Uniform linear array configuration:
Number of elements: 24
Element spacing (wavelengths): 0.25
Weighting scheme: kaiser
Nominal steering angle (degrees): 30
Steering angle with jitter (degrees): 28.91
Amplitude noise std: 0.05
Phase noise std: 0.05

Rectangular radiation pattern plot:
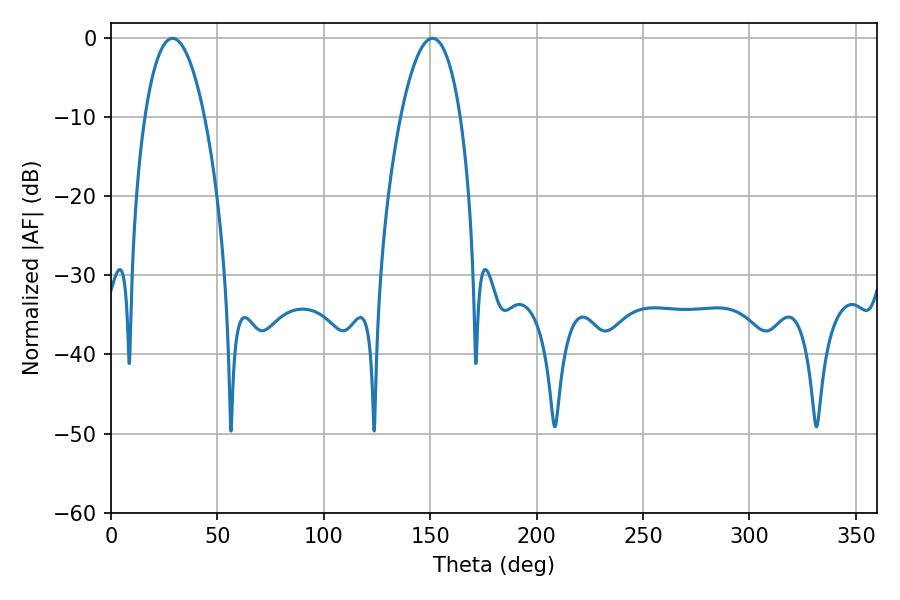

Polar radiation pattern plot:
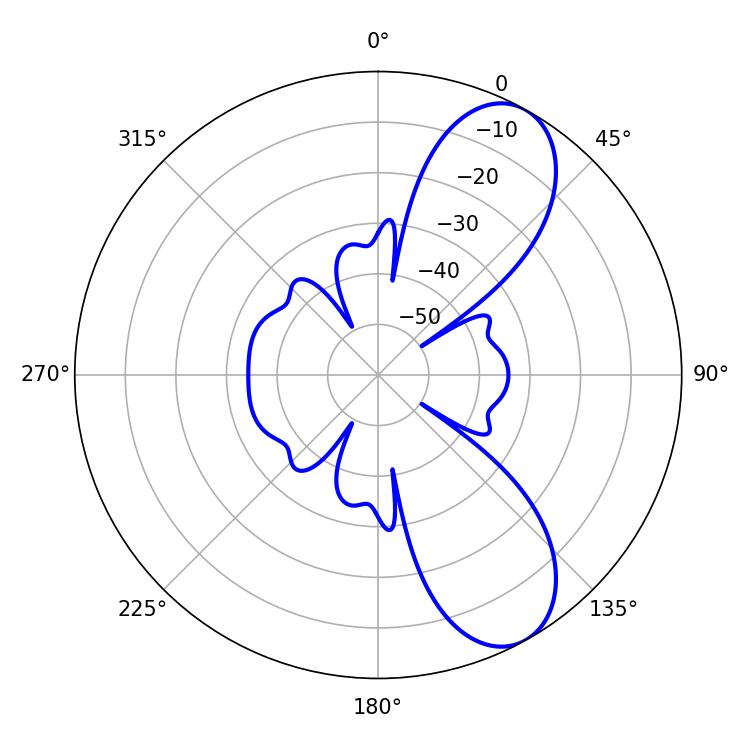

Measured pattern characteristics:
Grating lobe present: FALSE
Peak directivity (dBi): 8.486
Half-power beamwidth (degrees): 15.66
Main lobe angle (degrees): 28.98